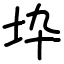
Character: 𡉻